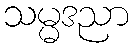
သမ္မဒညာ